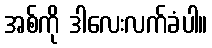
အစ်ကို ဒါလေးလက်ခံပါ။